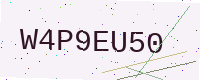
Text: W4P9EU50